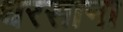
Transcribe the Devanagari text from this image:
धरसाना